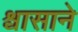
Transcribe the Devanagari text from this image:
श्वासाने